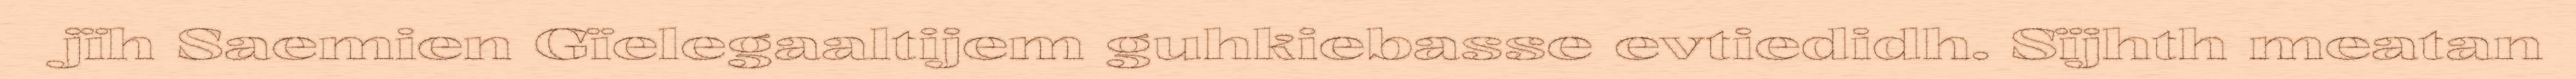
jïh Saemien Gïelegaaltijem guhkiebasse evtiedidh. Sïjhth meatan